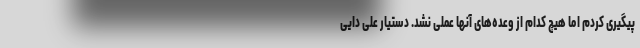
پیگیری کردم اما هیچ کدام از وعده‌های آنها عملی نشد. دستیار علی دایی